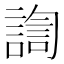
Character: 𰵀